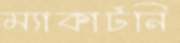
ম্যাকার্টনি